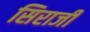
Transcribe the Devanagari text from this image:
सिराजी